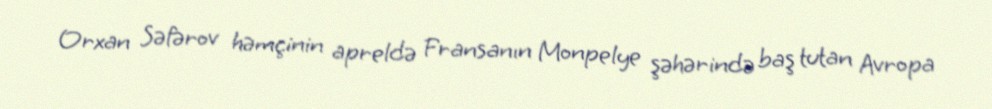
Orxan Səfərov həmçinin apreldə Fransanın Monpelye şəhərində baş tutan Avropa